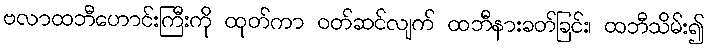
ဗလာထဘီဟောင်းကြီးကို ထုတ်ကာ ဝတ်ဆင်လျက် ထဘီနားခတ်ခြင်း၊ ထဘီသိမ်း၍